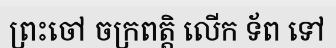
ព្រះចៅ ចក្រពត្តិ លើក ទ័ព ទៅ